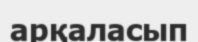
арқаласып